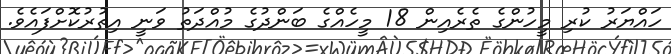
ހައްޔަރު ކުރި މީހުންގެ ތެރެއިން 18 މީހެއްގެ ބަންދުގެ މުއްދަތު ވަނީ އިތުރުކޮށްފައެވެ.